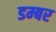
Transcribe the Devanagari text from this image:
डम्‍बर